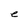
Character: e